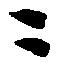
ニ